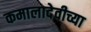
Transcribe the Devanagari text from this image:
कमालादेवीच्या